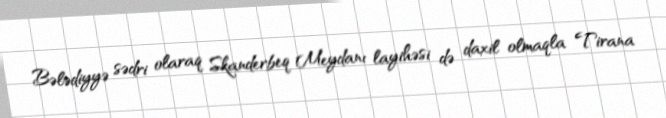
Bələdiyyə sədri olaraq Skanderbeq Meydanı layihəsi də daxil olmaqla Tirana